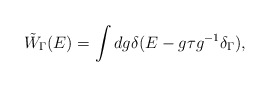
\begin{align*}\tilde{W}_\Gamma(E) = \int dg \delta(E - g\tau g^{-1} \delta_\Gamma),\end{align*}